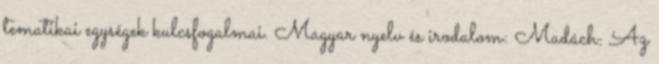
tematikai egységek kulcsfogalmai. Magyar nyelv és irodalom: Madách: Az